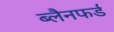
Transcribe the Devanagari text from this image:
ब्लैनफर्ड